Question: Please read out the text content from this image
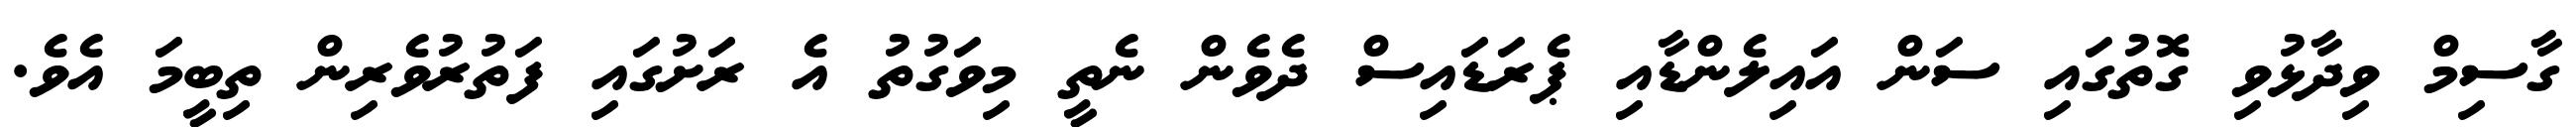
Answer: ގާސިމް ވިދާޅުވި ގޮތުގައި ސަން އައިލެންޑާއި ޕެރަޑައިސް ދެވެން ނެތީ މިވަގުތު އެ ރަށުގައި ފަތުރުވެރިން ތިބީމަ އެވެ.